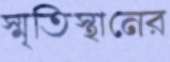
স্মৃতিস্থানের